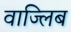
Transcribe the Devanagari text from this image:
वाज्लिब